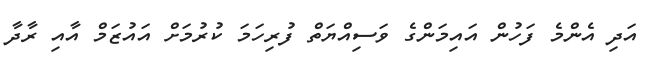
އަދި އެންމެ ފަހުން އައިމަންގެ ވަސިއްޔަތް ފުރިހަމަ ކުރުމަށް އައުޒަމް އާއި ރާދާ